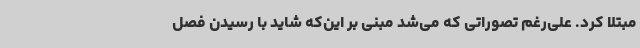
مبتلا کرد. علی‌رغم تصوراتی که می‌شد مبنی بر این‌که شاید با رسیدن فصل